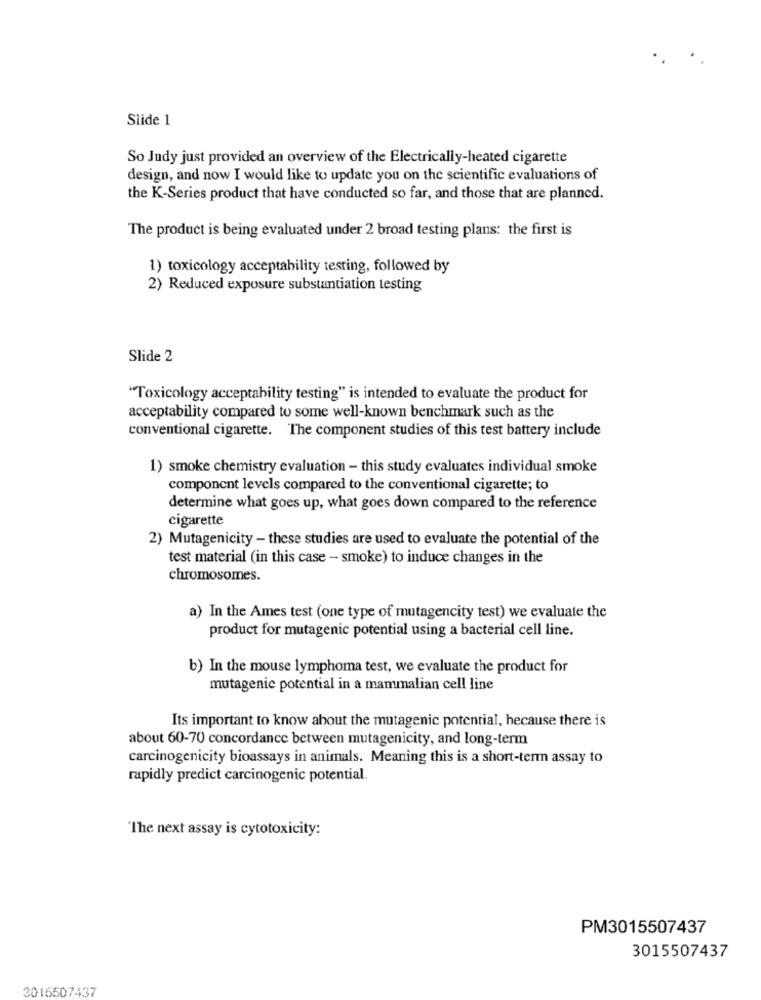
Slide 1
So Judy just provided an overview of the Electrically-heated cigarette
design, and now I would like to update you on the scientific evaluations of
the K-Series product that have conducted so far, and those that are planned.
The product is being evaluated under 2 broad testing plans: the first is
1) toxicology acceptability testing, followed by
2) Reduced exposure substantiation testing
Slide 2
"Toxicology acceptability testing" is intended to evaluate the product for
acceptability compared to some well-known benchmark such as the
conventional cigarette. The component studies of this test battery include
1) smoke chemistry evaluation - this study evaluates individual smoke
component levels compared to the conventional cigarette; to
determine what goes up, what goes down compared to the reference
cigarette
2) Mutagenicity - these studies are used to evaluate the potential of the
test material (in this case - smoke) to induce changes in the
chromosomes.
a) In the Ames test (one type of mutagencity test) we evaluate the
product for mutagenic potential using a bacterial cell line.
b) In the mouse lymphoma test, we evaluate the product for
mutagenic potential in a mammalian cell line
Its important to know about the mutagenic potential, hecause there is
about 60-70 concordance between mutagenicity, and long-term
carcinogenicity bioassays in animals. Meaning this is a short-term assay to
rapidly predict carcinogenic potential.
"The next assay is cytotoxicity:
PM3015507437
3015507437
3015507437